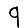
Digit: 9